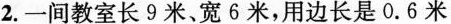
2.一间教室长9米、宽6米，用边长是0.6米